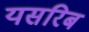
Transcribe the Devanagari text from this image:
यसरिब